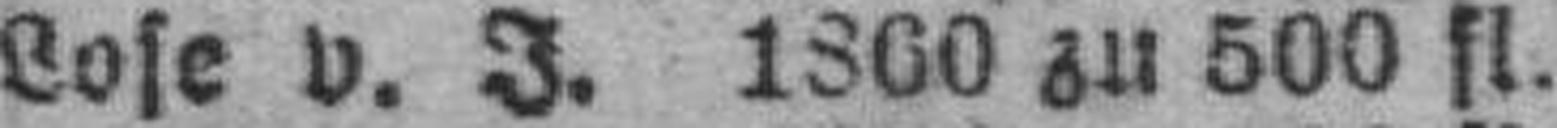
Lose v. J. 1860 zu 500 fl.